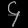
Digit: ၄